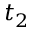
t _ { 2 }